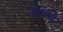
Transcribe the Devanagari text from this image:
नोर्गेने